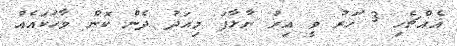
އެއްޗެހި 3 ަހަރު ވީ އިރު ނާޅާފަ މިއަދު ދެން ކޮން ވާހަކައެއް